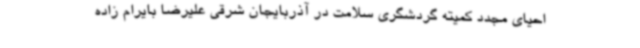
احیای مجدد کمیته گردشگری سلامت در آذربایجان‌ شرقی علیرضا بایرام زاده